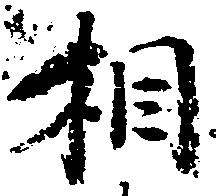
相